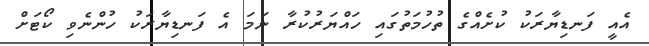
އެއީ ފަނޑިޔާރަކު ކުށެއްގެ ތުހުމަތުގައި ހައްޔަރުކުރާ ނަމަ އެ ފަނޑިޔާރަކު ހުންނެވި ކޯޓަށް